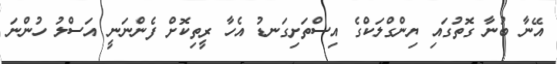
އޭނާ ބުނާ ގޮތުގައި ޔިންގްލަކްގެ އިސްތަށިގަނޑު އެހާ ރީތިކޮށް ފެންނަނީ އަސްލު ހުންނަ